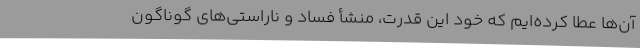
آن‌ها عطا کرده‌ایم که خود این قدرت، منشأ فساد و ناراستی‌های گوناگون